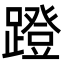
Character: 蹬